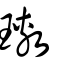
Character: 璷